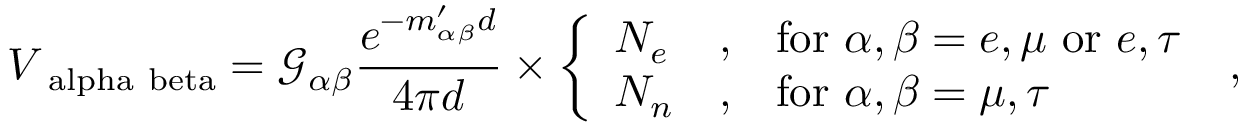
V _ { \mathrm { \ a l p h a \ b e t a } } = \mathcal { G } _ { \alpha \beta } \frac { e ^ { - m _ { \alpha \beta } ^ { \prime } d } } { 4 \pi d } \times \left\{ \begin{array} { l l l } { N _ { e } } & { , } & { \mathrm { f o r } ~ \alpha , \beta = e , \mu ~ \mathrm { o r } ~ e , \tau } \\ { N _ { n } } & { , } & { \mathrm { f o r } ~ \alpha , \beta = \mu , \tau } \end{array} \right. \; ,